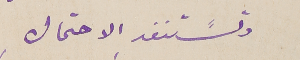
وتسًتنفد الاحتمال